Report on the treatment of epidemic cholera: from information collected by the governments of Bengal, Madras, Bombay, N.W. Provinces, Punjab, Oudh, and Central India, by order of the Government of India
Disease focus: Cholera
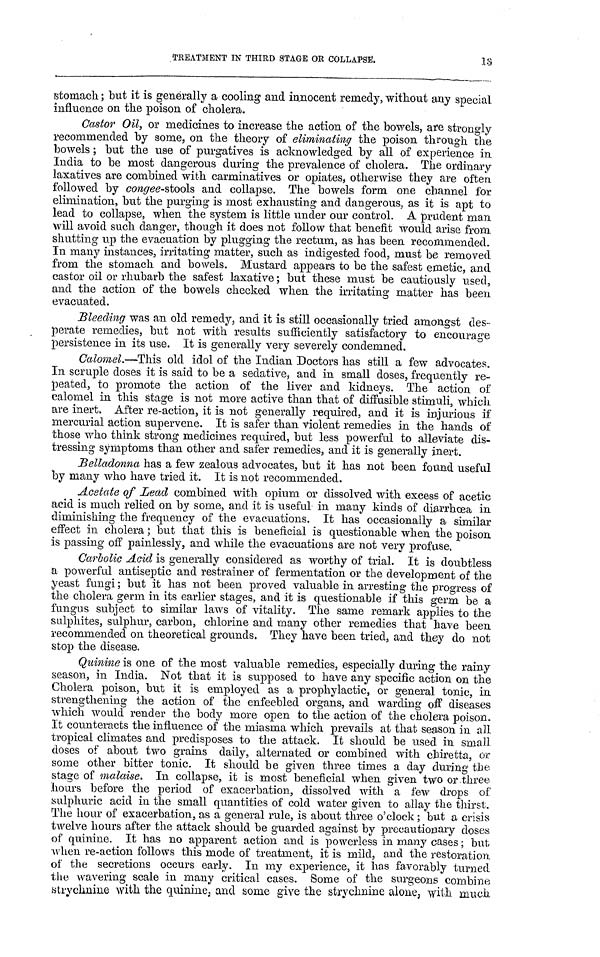
TREATMENT IN THIRD STAGE OR COLLAPSE.
13
stomach; but it is generally a cooling and innocent remedy, without any special,
influence on the poison of cholera.
Castor Oil, or medicines to increase the action of the bowels, are strongly
recommended by some, on the theory of eliminating the poison through the
bowels ; but the use of purgatives is acknowledged by all of experience in
India to be most dangerous during the prevalence of cholera. The ordinary
laxatives are combined with carminatives or opiates, otherwise they are often
followed by congee-stools and collapse. The bowels form one channel for
elimination, but the purging is most exhausting and dangerous, as it is apt to
lead to collapse, when the system is little under our control. A prudent man.
will avoid such danger, though it does not follow that benefit would arise from
shutting up the evacuation by plugging the rectum, as has been recommended.
In many instances, irritating matter, such as indigested food, must be removed
from the stomach and bowels. Mustard appears to be the safest emetic, and
castor oil or rhubarb the safest laxative; but these must be cautiously used,
and the action of the bowels checked when the irritating matter has been
evacuated.
Bleeding was an old remedy, and it is still occasionally tried amongst des-
perate remedies, but not with results sufficiently satisfactory to encourage
persistence in its use. It is generally very severely condemned.
Calomel.—This old idol of the Indian Doctors has still a few advocates.
In scruple doses it is said to be a sedative, and in small doses, frequently re-
peated, to promote the action of the liver and kidneys. The action of
calomel in this stage is not more active than that of diffusible stimuli, which
are inert. After re-action, it is not generally required, and it is injurious if
mercurial action supervene. It is safer than violent remedies in the hands of
those who think strong medicines required, but less powerful to alleviate dis-
tressing symptoms than other and safer remedies, and it is generally inert.
Belladonna has a few zealous advocates, but it has not been found useful
by many who have tried it. It is not recommended.
Acetate of Lead combined with opium or dissolved with excess of acetic
acid is much relied on by some, and it is useful in many kinds of diarrhœa in
diminishing the frequency of the evacuations. It has occasionally a similar
effect in cholera; but that this is beneficial is questionable when the poison
is passing off painlessly, and while the evacuations are not very profuse,
Carbolic Acid is generally considered as worthy of trial. It is doubtless
a powerful antiseptic and restrainer of fermentation or the development of the
yeast fungi; but it has not been proved valuable in arresting the progress of
the cholera germ in its earlier stages, and it is questionable if this germ be a
fungus subject to similar laws of vitality. The same remark applies to the
sulphites, sulphur, carbon, chlorine and many other remedies that have been
recommended on theoretical grounds. They have been tried, and they do not
stop the disease.
Quinine is one of the most valuable remedies, especially during the rainy
season, in India. Not that it is supposed to have any specific action on the
Cholera poison, but it is employed as a prophylactic, or general tonic, in
strengthening the action of the enfeebled organs, and warding off diseases
which would render the body more open to the action of the cholera poison.
It counteracts the influence of the miasma which prevails at that season in all
tropical climates and predisposes to the attack. It should be used in small
doses of about two grains daily, alternated or combined with chiretta, or
some other bitter tonic. It should be given three times a day during the
stage of malaise. In collapse, it is most beneficial when given two or three
hours before the period of exacerbation, dissolved with a few drops of
sulphuric acid in the small quantities of cold water given to allay the thirst.
The hour of exacerbation, as a general rule, is about three o'clock; but a crisis
twelve hours after the attack should be guarded against by precautionary doses
of quinine. It has no apparent action and is powerless in many cases; but
when re-action follows this mode of treatment, it is mild, and the restoration,
of the secretions occurs early. In my experience, it has favorably turned
the wavering scale in many critical cases. Some of the surgeons combine
strychnine with the quinine, and some give the strychnine alone, with much.